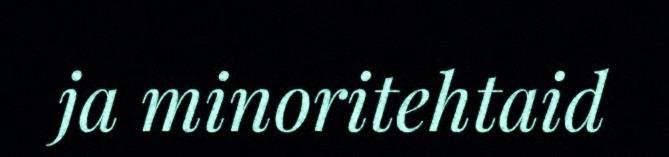
ja minoritehtaid